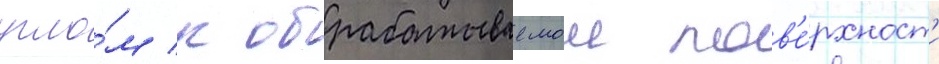
угло́м к обрабатываемои пов'е́рхност'и